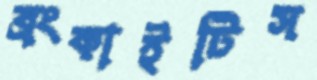
ব্রংকাইটিস